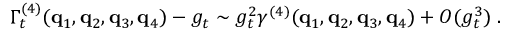
\Gamma _ { t } ^ { ( 4 ) } ( { \bf { q } } _ { 1 } , { \bf { q } } _ { 2 } , { \bf { q } } _ { 3 } , { \bf { q } } _ { 4 } ) - g _ { t } \sim g _ { t } ^ { 2 } \gamma ^ { ( 4 ) } ( { \bf { q } } _ { 1 } , { \bf { q } } _ { 2 } , { \bf { q } } _ { 3 } , { \bf { q } } _ { 4 } ) + O ( g _ { t } ^ { 3 } ) \; .